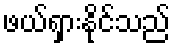
ဖယ်ရှားနိုင်သည်